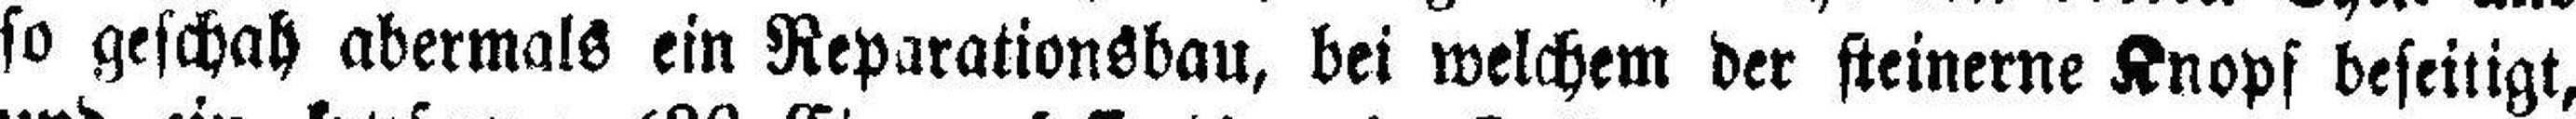
so geschah abermals ein Reparationsbau, bei welchem der steinerne Knopf beseitigt,